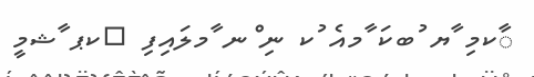
ާކމި ާޔ ުބކަ ާމއެ ުކ ނި ްނ ާމލައިފި 	ކޕ ާޝމީ